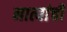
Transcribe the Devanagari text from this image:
नात्यांची